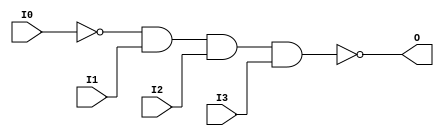
module NAND4B1 (O, I0, I1, I2, I3);

    output O;

    input  I0, I1, I2, I3;

    wire i0_inv;

    not N0 (i0_inv, I0);
    nand A1 (O, i0_inv, I1, I2, I3);


endmodule